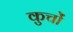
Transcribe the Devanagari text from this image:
कुचों